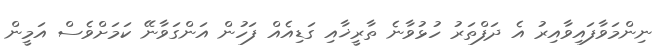
ނިންމަވާފައިވާއިރު އެ ދަފްތަރު ހުޅުވާނެ ތާރީޚާއި ގަޑިއެއް ފަހުން އަންގަވާނޭ ކަމަށްވެސް އަމީން